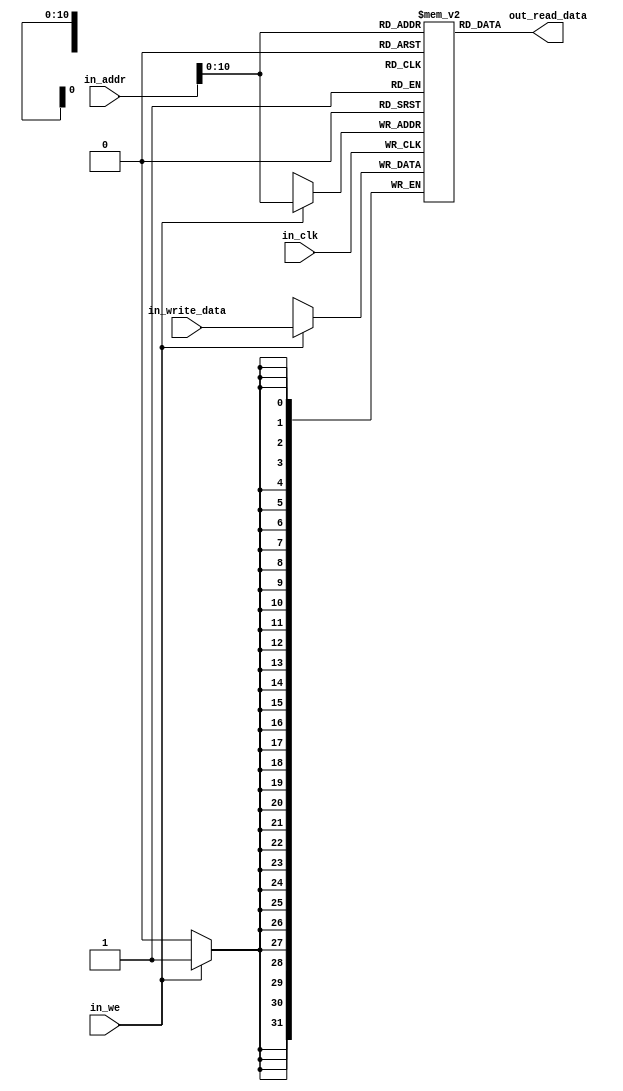
module data_memory_mips (in_clk, in_we, in_addr, in_write_data, out_read_data);

parameter n_bit  = 31;
parameter memory_size = 2047;

input in_clk, in_we;			// in_we - write enable to memory

input [n_bit : 0] in_addr;

input [n_bit : 0] in_write_data;

output wire [n_bit : 0] out_read_data;

reg [n_bit : 0] matrix [memory_size : 0];

assign out_read_data = matrix[in_addr];

always @(posedge in_clk)
begin
	if (in_we)
		matrix[in_addr] <= in_write_data;
end

endmodule